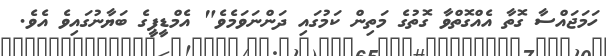
ހަމަޖައްސާ ގޮތާ އެއްގޮތްވާ ގޮތުގެ މަތިން ކަމުގައި ދަންނަވަމެވެ" އެމްޑީޕީގެ ބަޔާނުގައިވެ އެވެ.